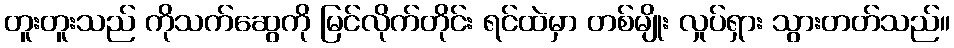
တူးတူးသည် ကိုသက်ဆွေကို မြင်လိုက်တိုင်း ရင်ထဲမှာ တစ်မျိုး လှုပ်ရှား သွားတတ်သည်။